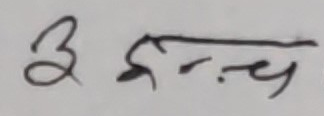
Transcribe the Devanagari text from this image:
३ दुःच